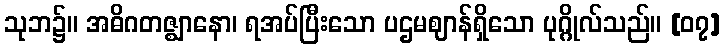
သုဘ၌။ အဓိဂတဇ္ဈာနော၊ ရအပ်ပြီးသော ပဌမဈာန်ရှိသော ပုဂ္ဂိုလ်သည်။ [၀၇]